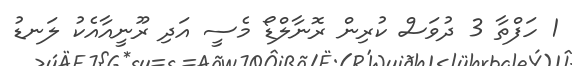
1 ހަފްތާ 3 ދުވަސް ކުރިން ރޮނާލްޑޯ މެސީ އަދި ރޫނީއާއެކު ލަނޑު